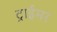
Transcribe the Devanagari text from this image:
ट्राईमर